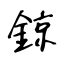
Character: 鍄